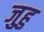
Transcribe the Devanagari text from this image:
जुहु